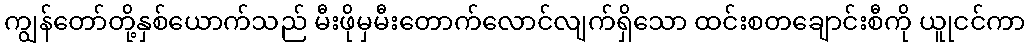
ကျွန်တော်တို့နှစ်ယောက်သည် မီးဖိုမှမီးတောက်လောင်လျက်ရှိသော ထင်းစတချောင်းစီကို ယူုငင်ကာ